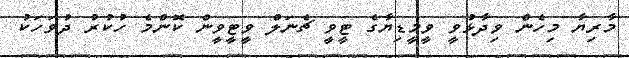
މާރިޔާ މިހެން ވިދާޅުވީ ވީމީޑިޔާގެ ޓީވީ ޗެނަލް ވީޓީވީން ކޮންމެ ހުކުރު ދުވަހަކު